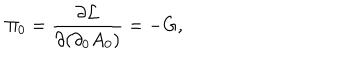
\Pi _ { 0 } = \frac { \partial { \cal { L } } } { \partial ( \partial _ { 0 } A _ { 0 } ) } = - G ,